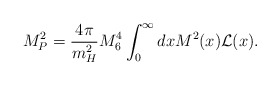
\begin{align*}M_{P}^2 = \frac{4 \pi}{m_{H}^2} M^4_{6} \int_{0}^{\infty} dx M^2(x) {\cal L}(x).\end{align*}